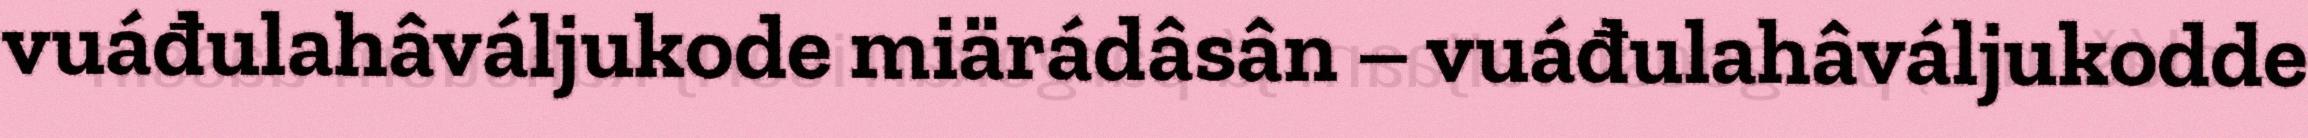
vuáđulahâváljukode miärádâsân – vuáđulahâváljukodde